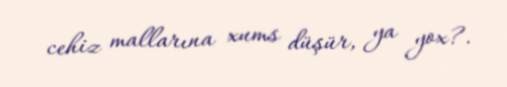
cehiz mallarına xums düşür, ya yox?.